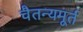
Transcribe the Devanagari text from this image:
चैतन्यमूर्त